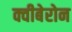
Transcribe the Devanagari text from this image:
क्वीबेरोन